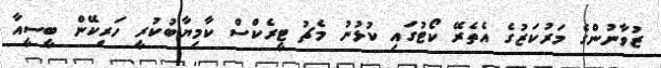
ޒުވާނުންގެ މަރުކަޒުގެ އެތެރޭ ކޯޓުގައި ކުޅުނު މެޗު ޓީރެކްސް ކާމިޔާބުކުރީ ހަރިކޭން ބީސީއާ